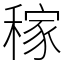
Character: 稼